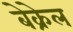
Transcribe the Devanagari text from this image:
बेक्रेल